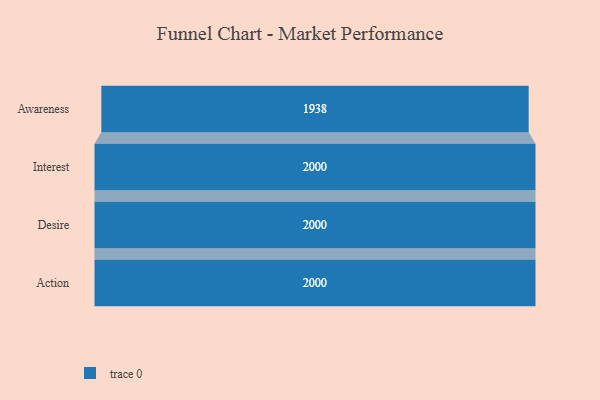
{"axis": {"x": "Stage", "y": "Value"}, "legend": [""], "data": [{"x": "Awareness", "y": 1938.0, "type": ""}, {"x": "Interest", "y": 2000, "type": ""}, {"x": "Desire", "y": 2000, "type": ""}, {"x": "Action", "y": 2000, "type": ""}]}